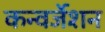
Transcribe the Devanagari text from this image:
कन्वर्जेशन